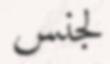
لجنس